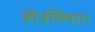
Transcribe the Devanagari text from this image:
होउल्लिएर